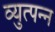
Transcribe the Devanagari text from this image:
व्युत्‍पन्‍न